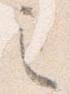
之